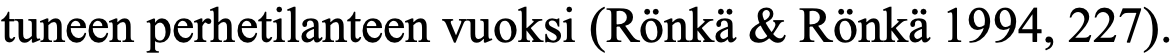
tuneen perhetilanteen vuoksi (Rönkä & Rönkä 1994, 227).